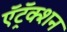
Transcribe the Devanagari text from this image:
ऍट्रॅक्शन